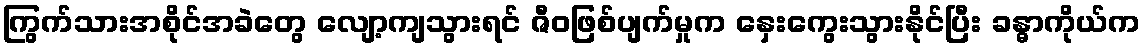
ကြွက်သားအစိုင်အခဲတွေ လျော့ကျသွားရင် ဇီဝဖြစ်ပျက်မှုက နှေးကွေးသွားနိုင်ပြီး ခန္ဓာကိုယ်က